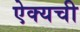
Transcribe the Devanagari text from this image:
ऐक्यची